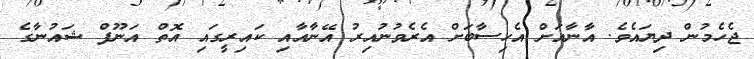
ޖެހެމުން ދިޔައެވެ. އާނާއަށް އެހިސާބަށް އެރެވުނުއިރު އޭނާއާއި ކައިރީގައި އޮތް އަނޫފް ޝައުނާގެ